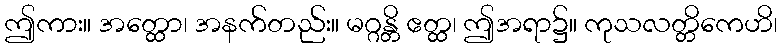
ဤကား။ အတ္ထော၊ အနက်တည်း။ မဂ္ဂန္တိ ဧတ္ထ၊ ဤအရာ၌။ ကုသလတ္တိကေဟိ၊